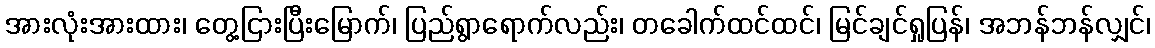
အားလုံးအားထား၊ တွေ့ငြားပြီးမြောက်၊ ပြည်ရွာရောက်လည်း၊ တခေါက်ထင်ထင်၊ မြင်ချင်ရှုပြန်၊ အဘန်ဘန်လျှင်၊